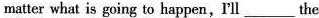
matter what is going to happen,'ll___the